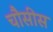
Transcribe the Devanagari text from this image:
चौसीस